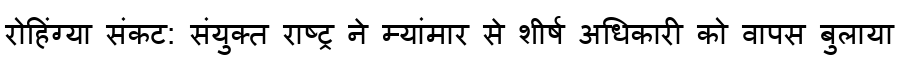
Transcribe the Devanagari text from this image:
रोहिंग्या संकट: संयुक्त राष्ट्र ने म्यांमार से शीर्ष अधिकारी को वापस बुलाया